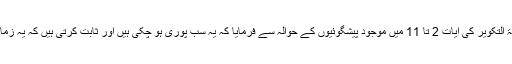
حضورِ انور ایّدہ اللہ نے سورۃ التکویر کی آیات 2 تا 11 میں موجود پیشگوئیوں کے حوالہ سے فرمایا کہ یہ سب پوری ہو چکی ہیں اور ثابت کرتی ہیں کہ یہ زمانہ مسیح موعود کا زمانہ ہے۔